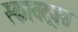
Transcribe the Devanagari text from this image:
स्कायट्रक्स